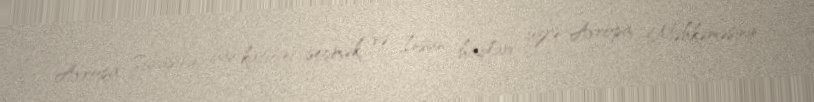
Avropa Şurasının baş katibini seçmək və İnsan haqları üzrə Avropa Məhkəməsinin